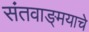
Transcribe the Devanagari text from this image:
संतवाङ्‌मयाचे